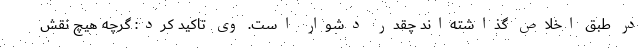
در طبق اخلاص گذاشته‌اند چقدر دشوار است. وی تاکید کرد: گرچه هیچ نقش